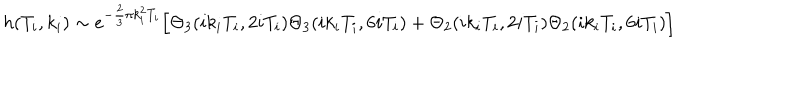
h ( T _ { i } , k _ { i } ) \sim e ^ { - \frac { 2 } { 3 } \pi k _ { i } ^ { 2 } T _ { i } } \Bigl [ \Theta _ { 3 } ( i k _ { i } T _ { i } , 2 i T _ { i } ) \Theta _ { 3 } ( i k _ { i } T _ { i } , 6 i T _ { i } ) + \Theta _ { 2 } ( i k _ { i } T _ { i } , 2 i T _ { i } ) \Theta _ { 2 } ( i k _ { i } T _ { i } , 6 i T _ { i } ) \Bigr ]